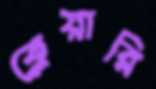
ক্লেয়ারি